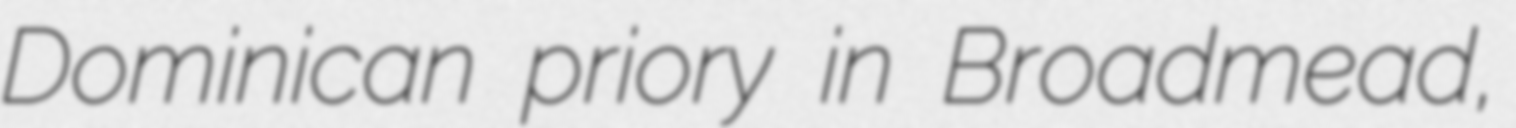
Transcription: Dominican priory in Broadmead,